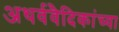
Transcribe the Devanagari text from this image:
अथर्ववैदिकांच्या